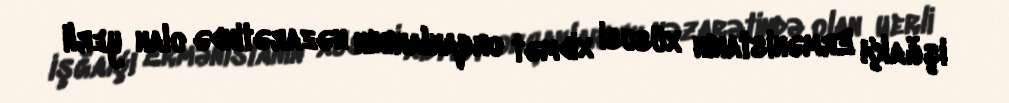
işğalçı Ermənistanın xüsusi xidmət orqanlarının nəzarətində olan yerli